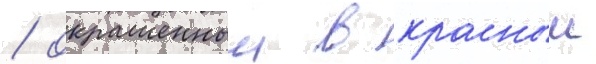
/ окрашенныи в красныи